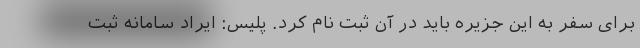
برای سفر به این جزیره باید در آن ثبت نام کرد. پلیس: ایراد سامانه ثبت